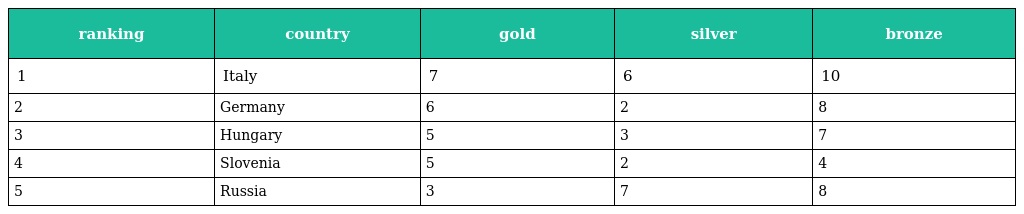
| ranking | country | gold | silver | bronze |
 | --- | --- | --- | --- | --- |
 | 1 | Italy | 7 | 6 | 10 |
 | 2 | Germany | 6 | 2 | 8 |
 | 3 | Hungary | 5 | 3 | 7 |
 | 4 | Slovenia | 5 | 2 | 4 |
 | 5 | Russia | 3 | 7 | 8 |